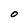
Character: O